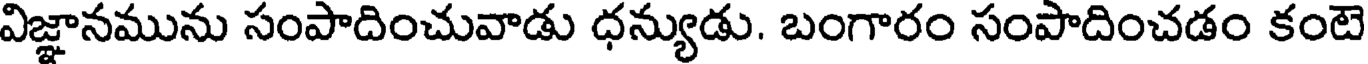
విజ్ఞానమును సంపాదించువాడు ధన్యుడు. బంగారం సంపాదించడం కంటె